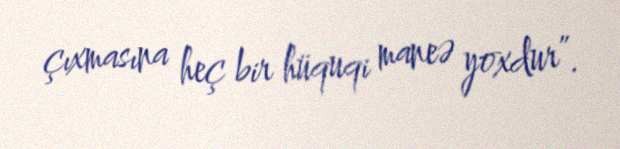
çıxmasına heç bir hüquqi maneə yoxdur”.